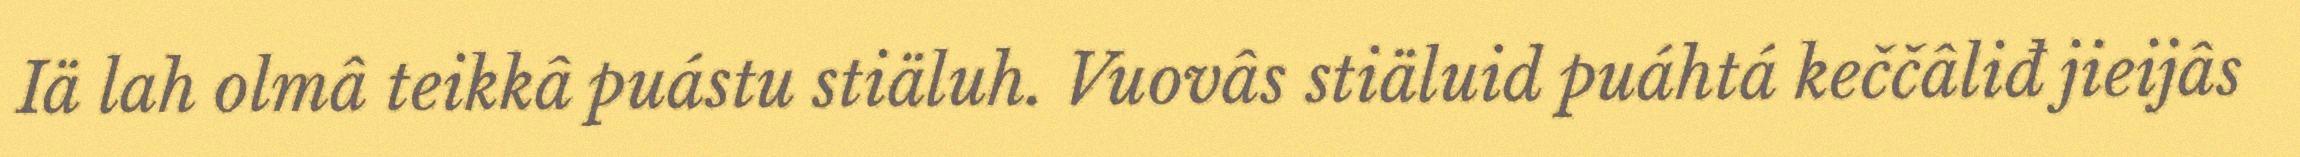
Iä lah olmâ teikkâ puástu stiäluh. Vuovâs stiäluid puáhtá keččâliđ jieijâs